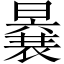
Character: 𭧽